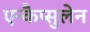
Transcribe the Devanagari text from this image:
एन्कैप्सुलेन